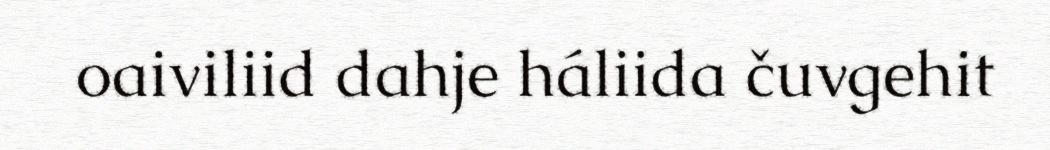
oaiviliid dahje háliida čuvgehit